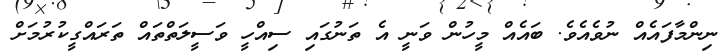
ނިންމާފައެއް ނުވެއެވެ. ބައެއް މީހުން ވަނީ އެ ތަނުގައި ސިއްހީ ވަސީލަތްތައް ތަރައްގީކުރުމަށް